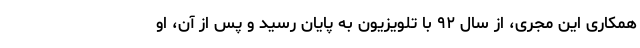
همکاری این مجری، از سال ۹۲ با تلویزیون به پایان رسید و پس از آن، او